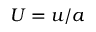
U = u / a